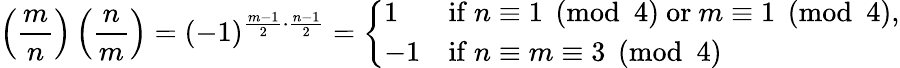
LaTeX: \left({\frac{m}{n}}\right)\left({\frac{n}{m}}\right)=(-1)^{{\frac{m-1}{2}}\cdot{\frac{n-1}{2}}}={\left\{ \begin{array}{ll}{1}&{{\mathrm{if~}}n\equiv 1{\pmod{4}}{\mathrm{~or~}}m\equiv 1{\pmod{4}},}\\ {-1}&{{\mathrm{if~}}n\equiv m\equiv 3{\pmod{4}}}\end{array}\right.}